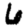
Digit: 6